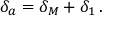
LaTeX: \delta _ { a } = \delta _ { M } + \delta _ { 1 } \, .